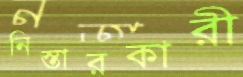
নিস্তারকারী